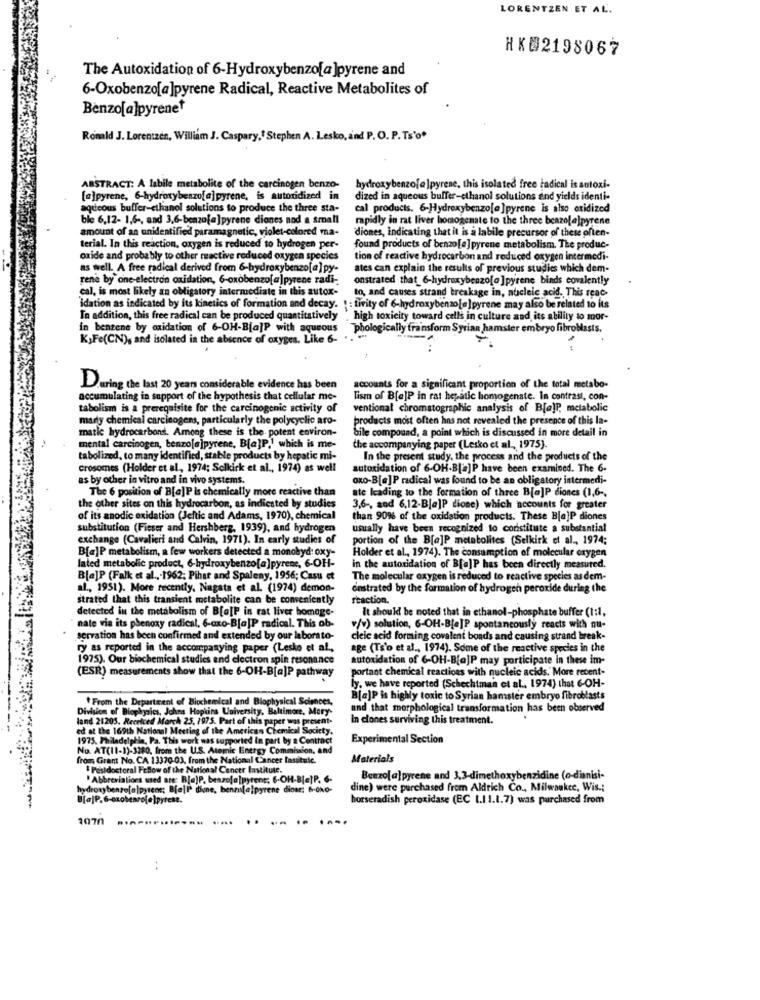
LORENTZEN ET AL.
HK@2198067
The Autoxidation of 6-Hydroxybenzo[a ]pyrene and
6-Oxobenzo[a]pyrene Radical, Reactive Metabolites of
Benzo[a]pyrenet
Ronald J. Lorentzen, William J. Caspary," Stephen A. Lesko, and P. O. P. Ts'o'
ABSTRACT: A labile metabolite of the carcinogen benzo-
hydroxybenzo[a]pyrene, this isolated free radical is autoxi-
[a]pyrene, 6-hydroxybenzo[a]pyrene, is autoxidized in
dized in aqueous buffer-ethanol solutions and yields identi-
aqueous buffer-ethanol solutions to produce the three sta-
cal products. 6-Hydroxybenzo[@]pyrene is also oxidized
ble 6,12- 1,6 -, and 3,6-benzo[a]pyrene diones nod a small
rapidly in rat liver homogenate to the three benzofejpyrene
amount of an unidentified paramagnetic, violet-colored ma-
'diones, indicating that it is a labile precursor of these often-
terial. In this reaction, oxygen is reduced to hydrogen per-
found products of benzo[e]pyrene metabolism. The produc-
oxide and probably to other reactive reduced oxygen species
tion of reactive hydrocarbon and reduced oxygen intermedi-
as well. A free radical derived from 6-hydroxybenzo[a] py-
ates can explain the results of previous studies which dem-
rene by one-electron oxidation, 6-oxobenzo[a]pyrene radi-
onstrated that_6-hydroxybenzo[@]pyrene binds covalently
cal, is most likely an obligatory intermediate in this autox-
to, and causes strand breakage in, nucleic acid. This reac-
idation as indicated by its kinetics of formation and decay. " : tirity of 6-hydroxybenzo[a]pyrene may also be related to its
In addition, this free radical can be produced quantitatively " high toxicity toward cells in culture and its ability to mor-
in benzene by oxidation of 6-OH-Bia]P with aqueous "phologically fra'nsform Syrian hamster embryo fibroMasts.
K,Fe(CN), and isolated in the absence of oxygen. Like 6- .. . "
During the last 20 years considerable evidence has been
accounts for a significant proportion of the total metabo-
accumulating in support of the hypothesis that cellular me-
Lism of B[e]P in rat hepatic homogenate. In contrast, con-
tabolism is a prerequisite for the carcinogenic activity of
ventional chromatographic analysis of B[a]P, metabolic
marly chemical carcinogens, particularly the polycyclic aro-
products most often has not revealed the presence of this la-
matie hydrocarbond. Among these is the potent environ-
bile compound, a point which is discussed in more detail in
mental carcinogen, benzo[a]pyrene, B[a]P,' which is me-
the accompanying paper (Lesko et al ., 1975).
tabolized, to many identified, stable products by hepatic mi-
In the present study, the process and the products of the
Grosomes (Holder et al ., 1974; Selkirk et al ., 1974) as well
autoxidation of 6-OH-B[a]P have been examined. The 6-
as by other in vitro and in vivo systems.
oxo-B[e]P radical was found to be an obligatory intermedi-
The 6 position of B[a]P is chemically more reactive than
ate leading to the formation of three B[a]P diones (1,6 -,
the other sites on this hydrocarbon, as indicated by studies
3,6 -, and 6,12-B[a]P dione) which accounts for greater
of its anodic oxidation (Jeftic and Adams, 1970), chemical
than 90% of the oxidation products. These B[a]P diones
substitution (Fieser and Hershberg, 1939), and hydrogen
usually have been recognized to constitute a substantial
exchange (Cavalieri and Calvin, 1971). In early studies of
portion of the B[a]P metabolites (Selkirk et al ., 1974;
Holder et al ., 1974). The consumption of molecular oxygen
B[a]P metabolism, a few workers detected a monohyd: Oxy-
lated metabolic product, 6-hydroxybenzo[a]pyrene, 6-OH-
in the autoridation of B[a]P has been directly measured.
BlaJP (Falk et al .,- 1962; Pihar and Spaleny, 1956; Casu et
The molecular oxygen is reduced to reactive species as dem-
al ., 1951). More recently, Nagata et al. (1974) demon-
onstrated by the formation of hydrogen peroxide during the
strated that this transient metabolite can be conveniently
reaction.
detected in the metabolism of B[o]P in rat liver homage-
It should be noted that in ethanol-phosphate buffer (1:1,
nate via its phenoxy radical, 6-axo-B[a]P radical. This ob-
v/v) solution, 6-OH-B[e]P spontaneously reacts with nu-
servation has been confirmed and extended by our laborato-
cleic acid forming covalent bonds and causing strand break-
ry as reported in the accompanying paper (Lesko et al .,
age (Ts'o et al ., 1974). Some of the reactive species in che
1975). Our biochemical studies and electron spin resonance
autoxidation of 6-OH-B[a]P may participate in these im-
(ESR) measurements show that the 6-OH-B[a]P pathway
portant chemical reactions with nucleic acids. More recent-
ly. we have reported (Schechtman et al ., 1974) that 6-OH-
From the Department of Biochemical and Biophysical Sciences
B[a]P is highly toxic to Syrian hamster embryo fibroblasts
Division of Biophysics, Johns Hopkins University, Baltimore. Mary-
and that morphological transformation has been observed
land 21205. Received March 25, 1975. Part of this paper was present.
In clones surviving this treatment.
ed at the 169th National Meeting of the American Chemical Society
1975. Philadelphia, Pa. This work was supported in part by a Contract
Experimental Section
No. AT(11-1)-3280. from the U.S. Atomic Energy Commission, and
from Grant No. CA 13370-03, from the National Cancer lassitule.
Materials
& Postdoctoral Fellow of the National Cancer Institute.
Abbreviations used are: Bje)P, benzofa]pyrent; 6-OH-Ble]P. 6.
Benzo[a]pyrene and 3,3-dimethoxybenzidine (o-dianisi-
hydroxy benzo[a]pyren; Bfell dione, benmi[a]pyrene dione: GONO-
dine) were purchased from Aldrich Co ., Milwaukee, Wis .;
horseradish peroxidase (EC 1.1 1.1.7) was purchased from
2070
: